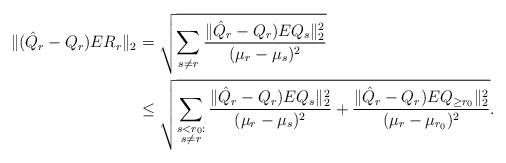
LaTeX: \begin{align*}\|(\hat{Q}_r-Q_r)ER_r\|_2&=\sqrt{\sum_{s\neq r}\frac{\|\hat{Q}_r-Q_r)EQ_s\|_2^2}{(\mu_r-\mu_s)^2}}\\&\leq \sqrt{\sum_{\substack{s<r_0:\\s\neq r}}\frac{\|\hat{Q}_r-Q_r)EQ_s\|_2^2}{(\mu_r-\mu_s)^2}+\frac{\|\hat{Q}_r-Q_r)EQ_{\geq r_0}\|_2^2}{(\mu_r-\mu_{r_0})^2}}.\end{align*}